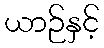
ယာဉ်နှင့်